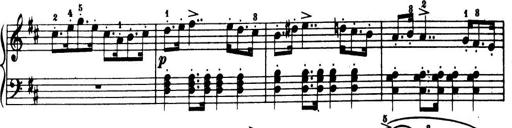
Title: 32 Sonatinas and Rondos for the Piano
Composer: Richard Kleinmichel